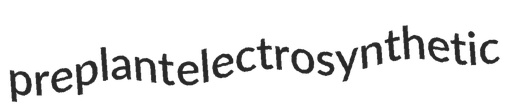
preplant electrosynthetic